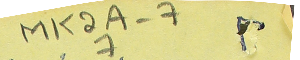
MK2A-77         ٢